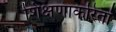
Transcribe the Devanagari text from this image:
शिक्षणाकरितां